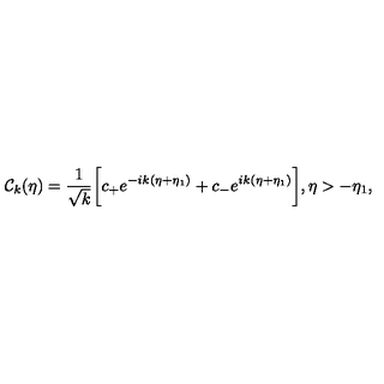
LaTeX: { \cal C } _ { k } ( \eta ) = \frac { 1 } { \sqrt { k } } \biggl [ c _ { + } e ^ { - i k ( \eta + \eta _ { 1 } ) } + c _ { - } e ^ { i k ( \eta + \eta _ { 1 } ) } \biggr ] , \eta > - \eta _ { 1 } ,